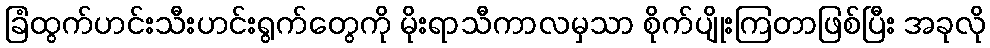
ခြံထွက်ဟင်းသီးဟင်းရွက်တွေကို မိုးရာသီကာလမှသာ စိုက်ပျိုးကြတာဖြစ်ပြီး အခုလို